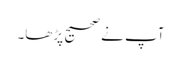
آپ نے صحیح پڑھا۔